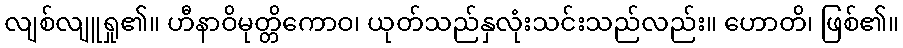
လျစ်လျူရှု၏။ ဟီနာဝိမုတ္တိကောဝ၊ ယုတ်သည်နှလုံးသင်းသည်လည်း။ ဟောတိ၊ ဖြစ်၏။